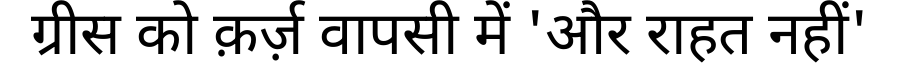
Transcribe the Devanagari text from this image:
ग्रीस को क़र्ज़ वापसी में 'और राहत नहीं'